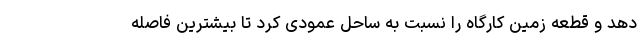
دهد و قطعه زمین کارگاه را نسبت به ساحل عمودی کرد تا بیشترین فاصله